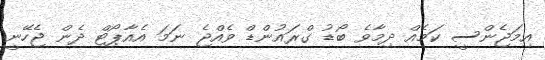
އިމަޖެންސީ ކަމެއް ދިމާވެ ބޯޑު ގްރައުންޑް ވެއްޖެ ނަމަ އެއާޕޯޓް ދެން ޖެހޭނީ